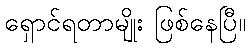
ရှောင်ရတာမျိုး ဖြစ်နေပြီ။